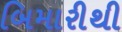
બિમારીથી